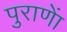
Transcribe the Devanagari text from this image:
पुराणाें